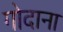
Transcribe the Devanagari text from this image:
गोदाना